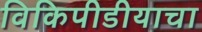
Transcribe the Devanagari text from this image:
विकिपीडीयाचा